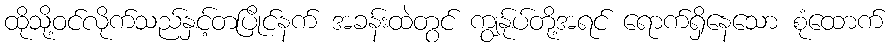
ထိုသို့ဝင်လိုက်သည်နှင့်တပြိုင်နက် အခန်းထဲတွင် ကျွန်ုပ်တို့အရင် ရောက်ရှိနေသော စုံထောက်